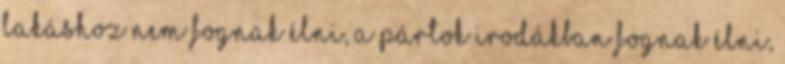
lakáshoz nem fognak élni, a pártok irodákban fognak élni,